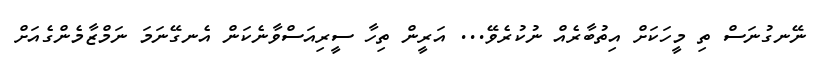
ނޭނގުނަސް ތި މީހަކަށް އިތުބާރެއް ނުކުރެވޭ... އަރީން ތިހާ ސީރިއަސްވާނެކަން އެނގޭނަމަ ނަމްޒާމެންގެއަށް